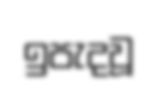
ඉපැදවූ